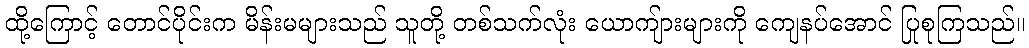
ထို့ကြောင့် တောင်ပိုင်းက မိန်းမများသည် သူတို့ တစ်သက်လုံး ယောကျ်ားများကို ကျေနပ်အောင် ပြုစုကြသည်။